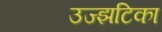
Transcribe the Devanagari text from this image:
उज्झटिका